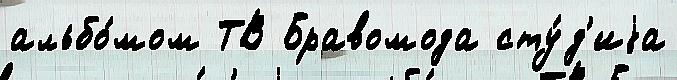
альбо́мом ТВ Бравомода сту́д'иjа